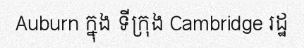
Auburn ក្នុង ទីក្រុង Cambridge រដ្ឋ